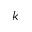
k